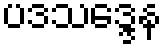
ပဒသဒ္ဒေန